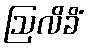
ဩလိခိံ